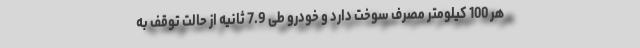
هر 100 کیلومتر مصرف سوخت دارد و خودرو طی 7.9 ثانیه از حالت توقف به